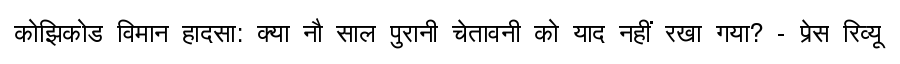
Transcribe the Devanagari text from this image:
कोझिकोड विमान हादसा: क्या नौ साल पुरानी चेतावनी को याद नहीं रखा गया? - प्रेस रिव्यू